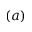
( a )